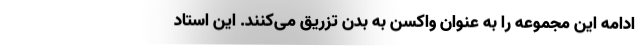
ادامه این مجموعه را به عنوان واکسن به بدن تزریق می‌کنند. این استاد